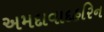
અમદાવાદહરિન